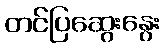
တင်ပြဆွေးနွေး